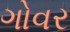
ગોવર